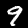
Label: 9